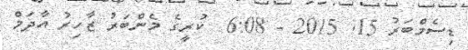
ޑިސެމްބަރު 15